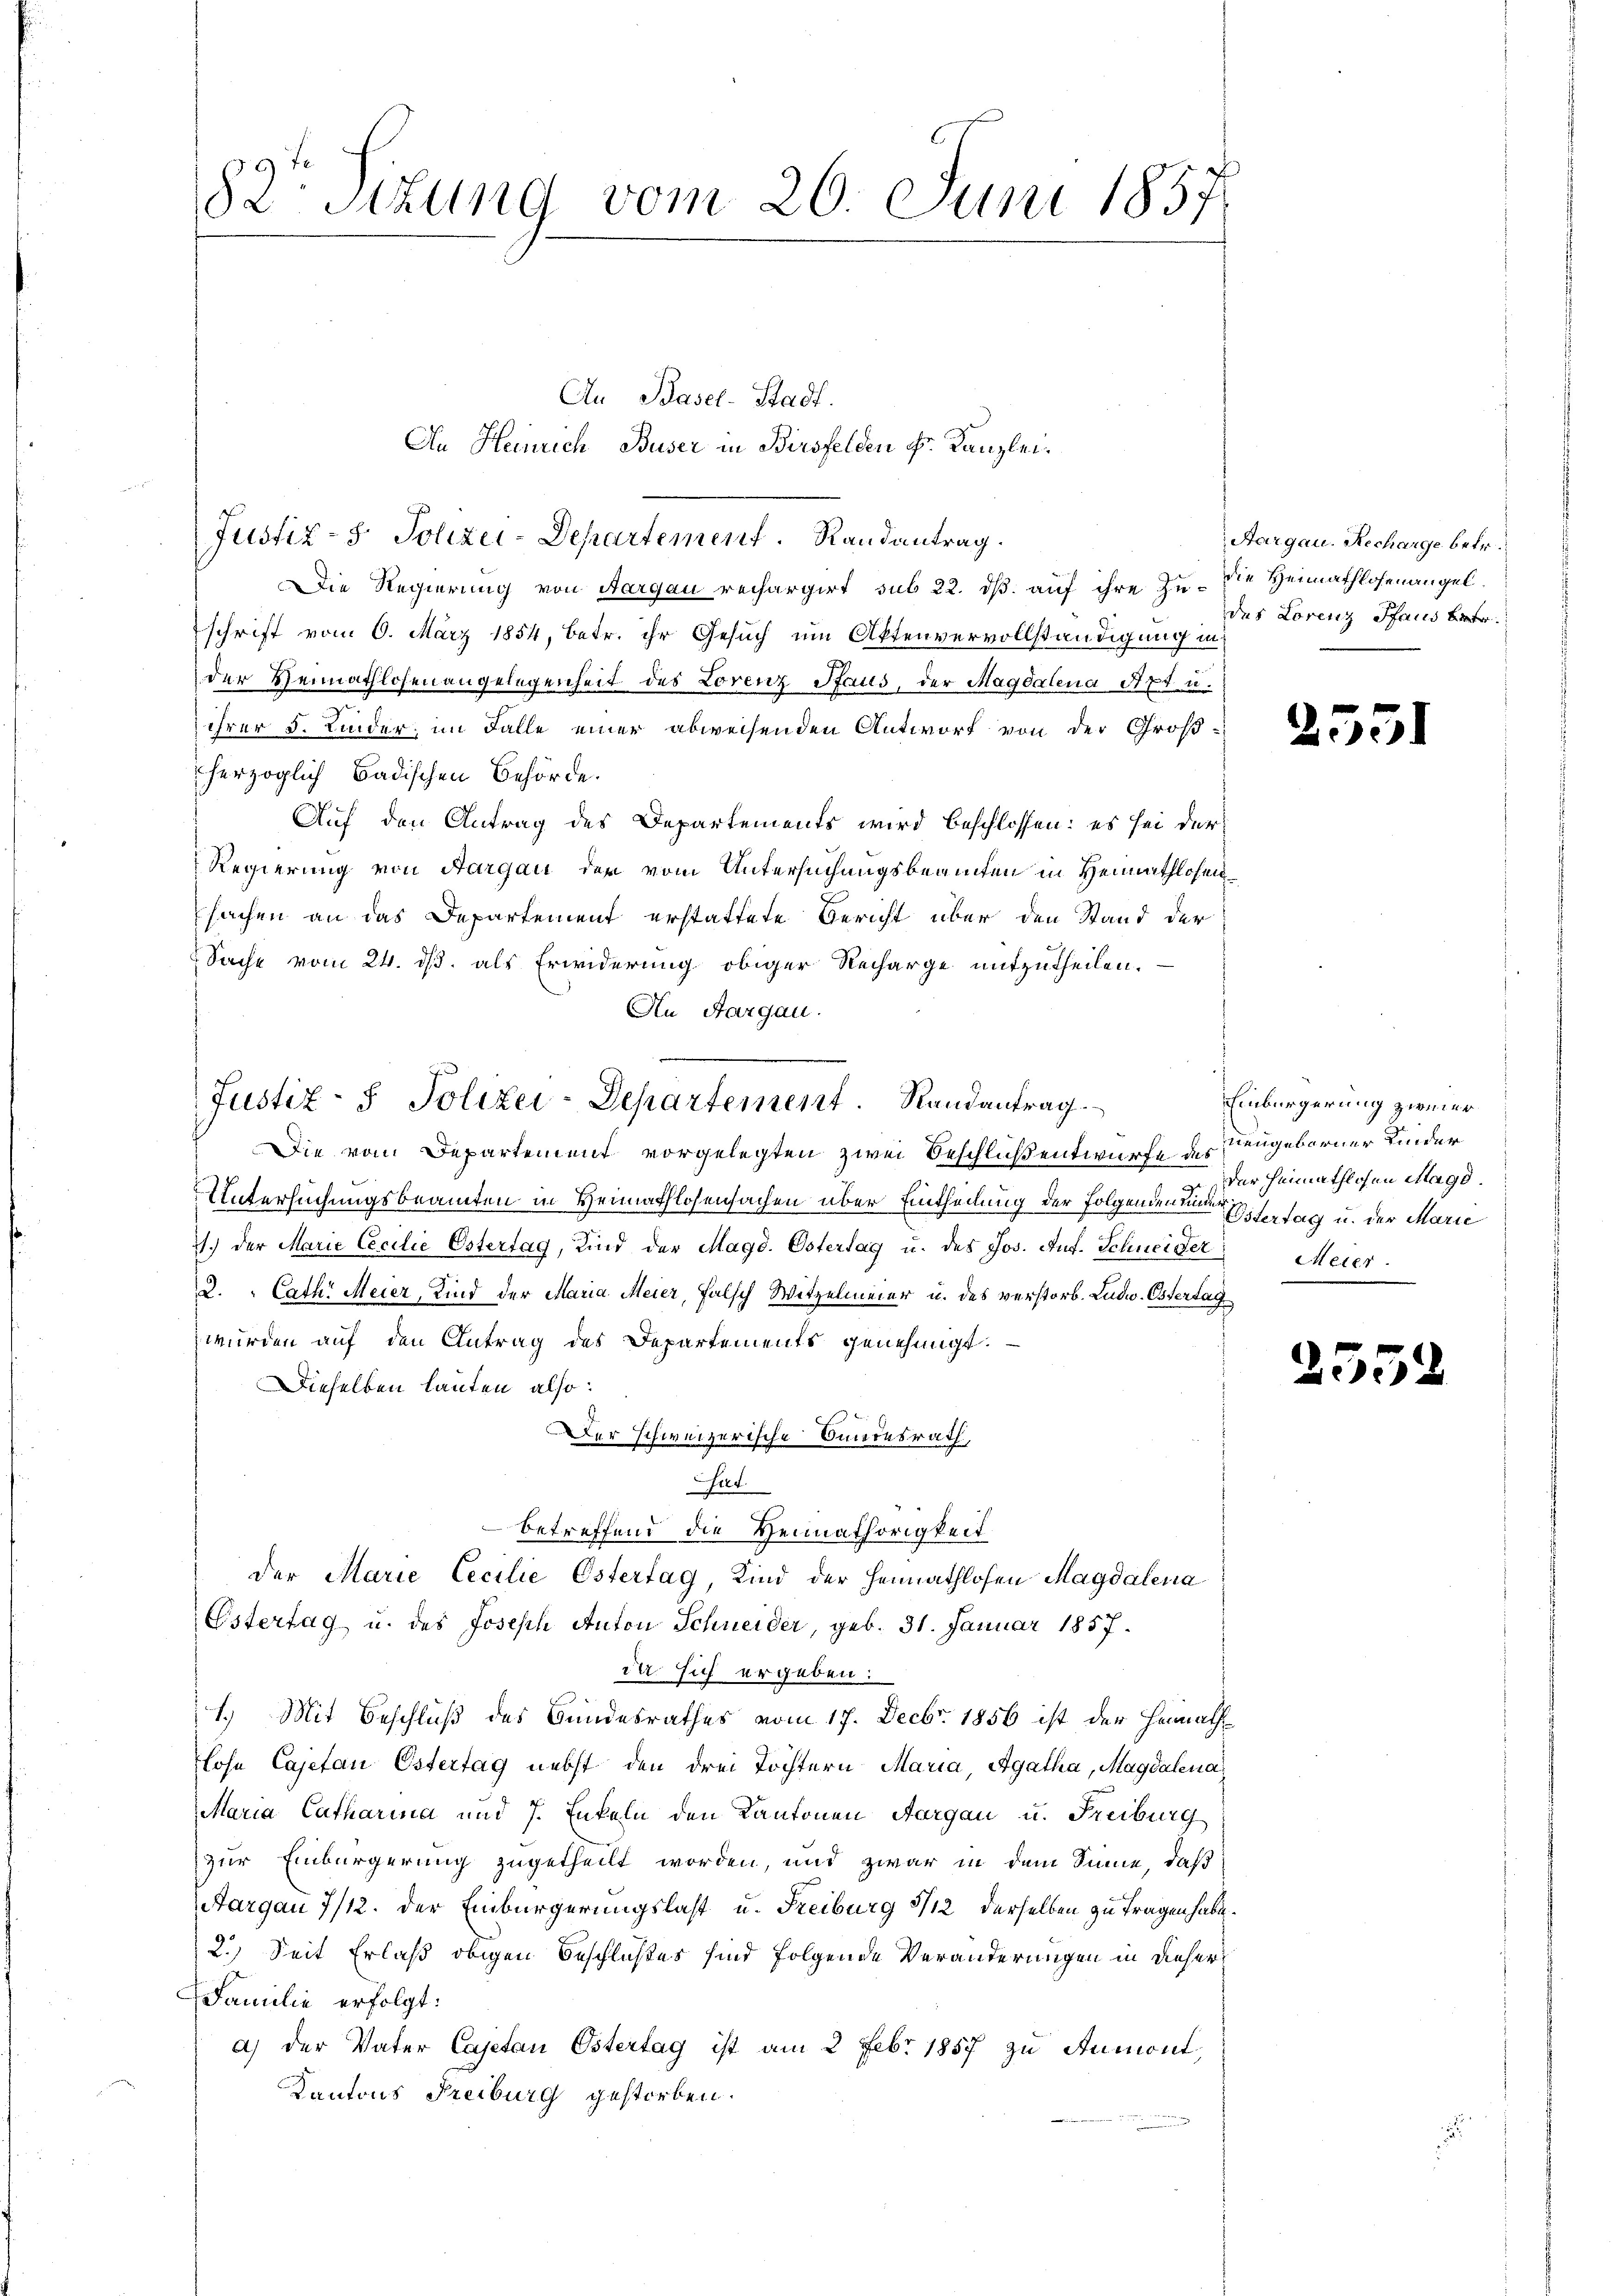
82 Stzung vom 20. Juni 1857.

Justiz- & Polizei-Departement. Randantrag

An Basel-Stadt.
An Heinrich Buser in Birsfelden Fr. Kanzlei.

Justiz- & Polizei-Departement. Randantrag.
Die Regierung von Aargau rechargirt sub 22. dß auf ihre zu die Heimathlosenangel
schrift vom 6. März 1854, betr. ihr Gesuch um Aktenvervollständigung in
der Heimathlosen angelegenheit des Lorenz Saus, der Magdalena Spt. u.
ihrer 5. Kinder, im Falle einer abweisenden Antwort von der Groß-
herzoglich Badischen Behörde.
Auf den Antrag des Departements wird beschlossen: es sei der
Regierung von Aargau der vom Untersuchungsbeamten in Heimathlosensachen an das Departement erstattete Bericht über den Stand der
Sache vom 24. ds. als Erwiderung obiger Recharge mitzutheilen.
An Aargau.
Die vom Departement vorgelegten zwei Beschluß entwurfe des Neugeberner Kinder
Untersuchungsbeamten in Heimathlosensachen über Eintheilung der Folgenden untertag u. der Marie
7.) Der Marie Cecilie Ostertag, Kind der Magd. Ostertag u. des Jos. Auf. Schneider Meier
2. " Cath: Meier, Kind der Maria Meier, falsch Witzelmeier u. des verstorb. Ludw. Estertag
würden auf den Antrag des Departements genehmigt.
Dieselben lauten also:
Der schweizerische Bundesrath,
irt.
betreffend die Heimathörigkeit
der Marie Cecilie Ostertag, Kind der Heimathlosen Magdalena
Estertag u. des Joseph Anton Schneider, geb. 31. Januar 1857.
da sich ergeben:
1.) Mit Beschluß des Bundesrathes vom 17. Decbr. 1856 ist der Heimath
hohe Cajetan Estertag nebst den drei Töchtern Maria, Agatha, Magdalena
Maria Catharina und 7. Enkeln den Kantonen Aargau u. Freiburg
zur Einbürgerung zugetheilt worden, und zwar in dem Sinne, daß
Aargau 7/12. der Einbürgerungslast u. Freiburg 5/12 derselben zu tragen habe.
2.) Seit Erlaß obigen Beschlußes sind folgende Veränderungen in dieser
Familie erfolgt:
a) der Vater Cajetan Östertag ist am 2 Febr. 1857 zu Aumont,
Kantons Freiburg gestorben.

Aargau. Recharge betr.
des Lorenz Pfaus betr.

2551

Einbürgerung zweier
der hinnathlohen Magd.

255.